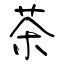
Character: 茶